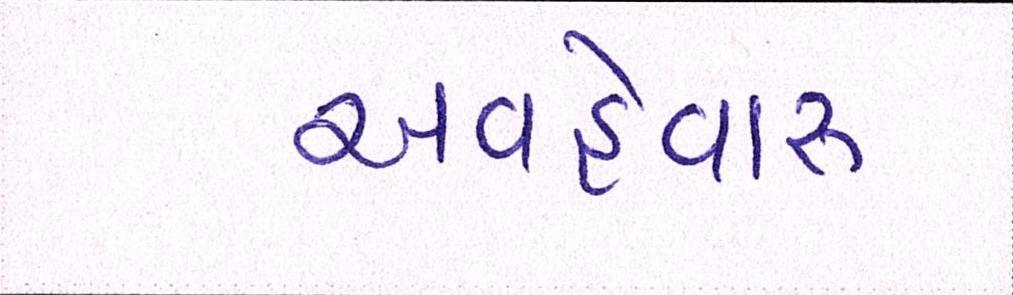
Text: અવહેવારુ